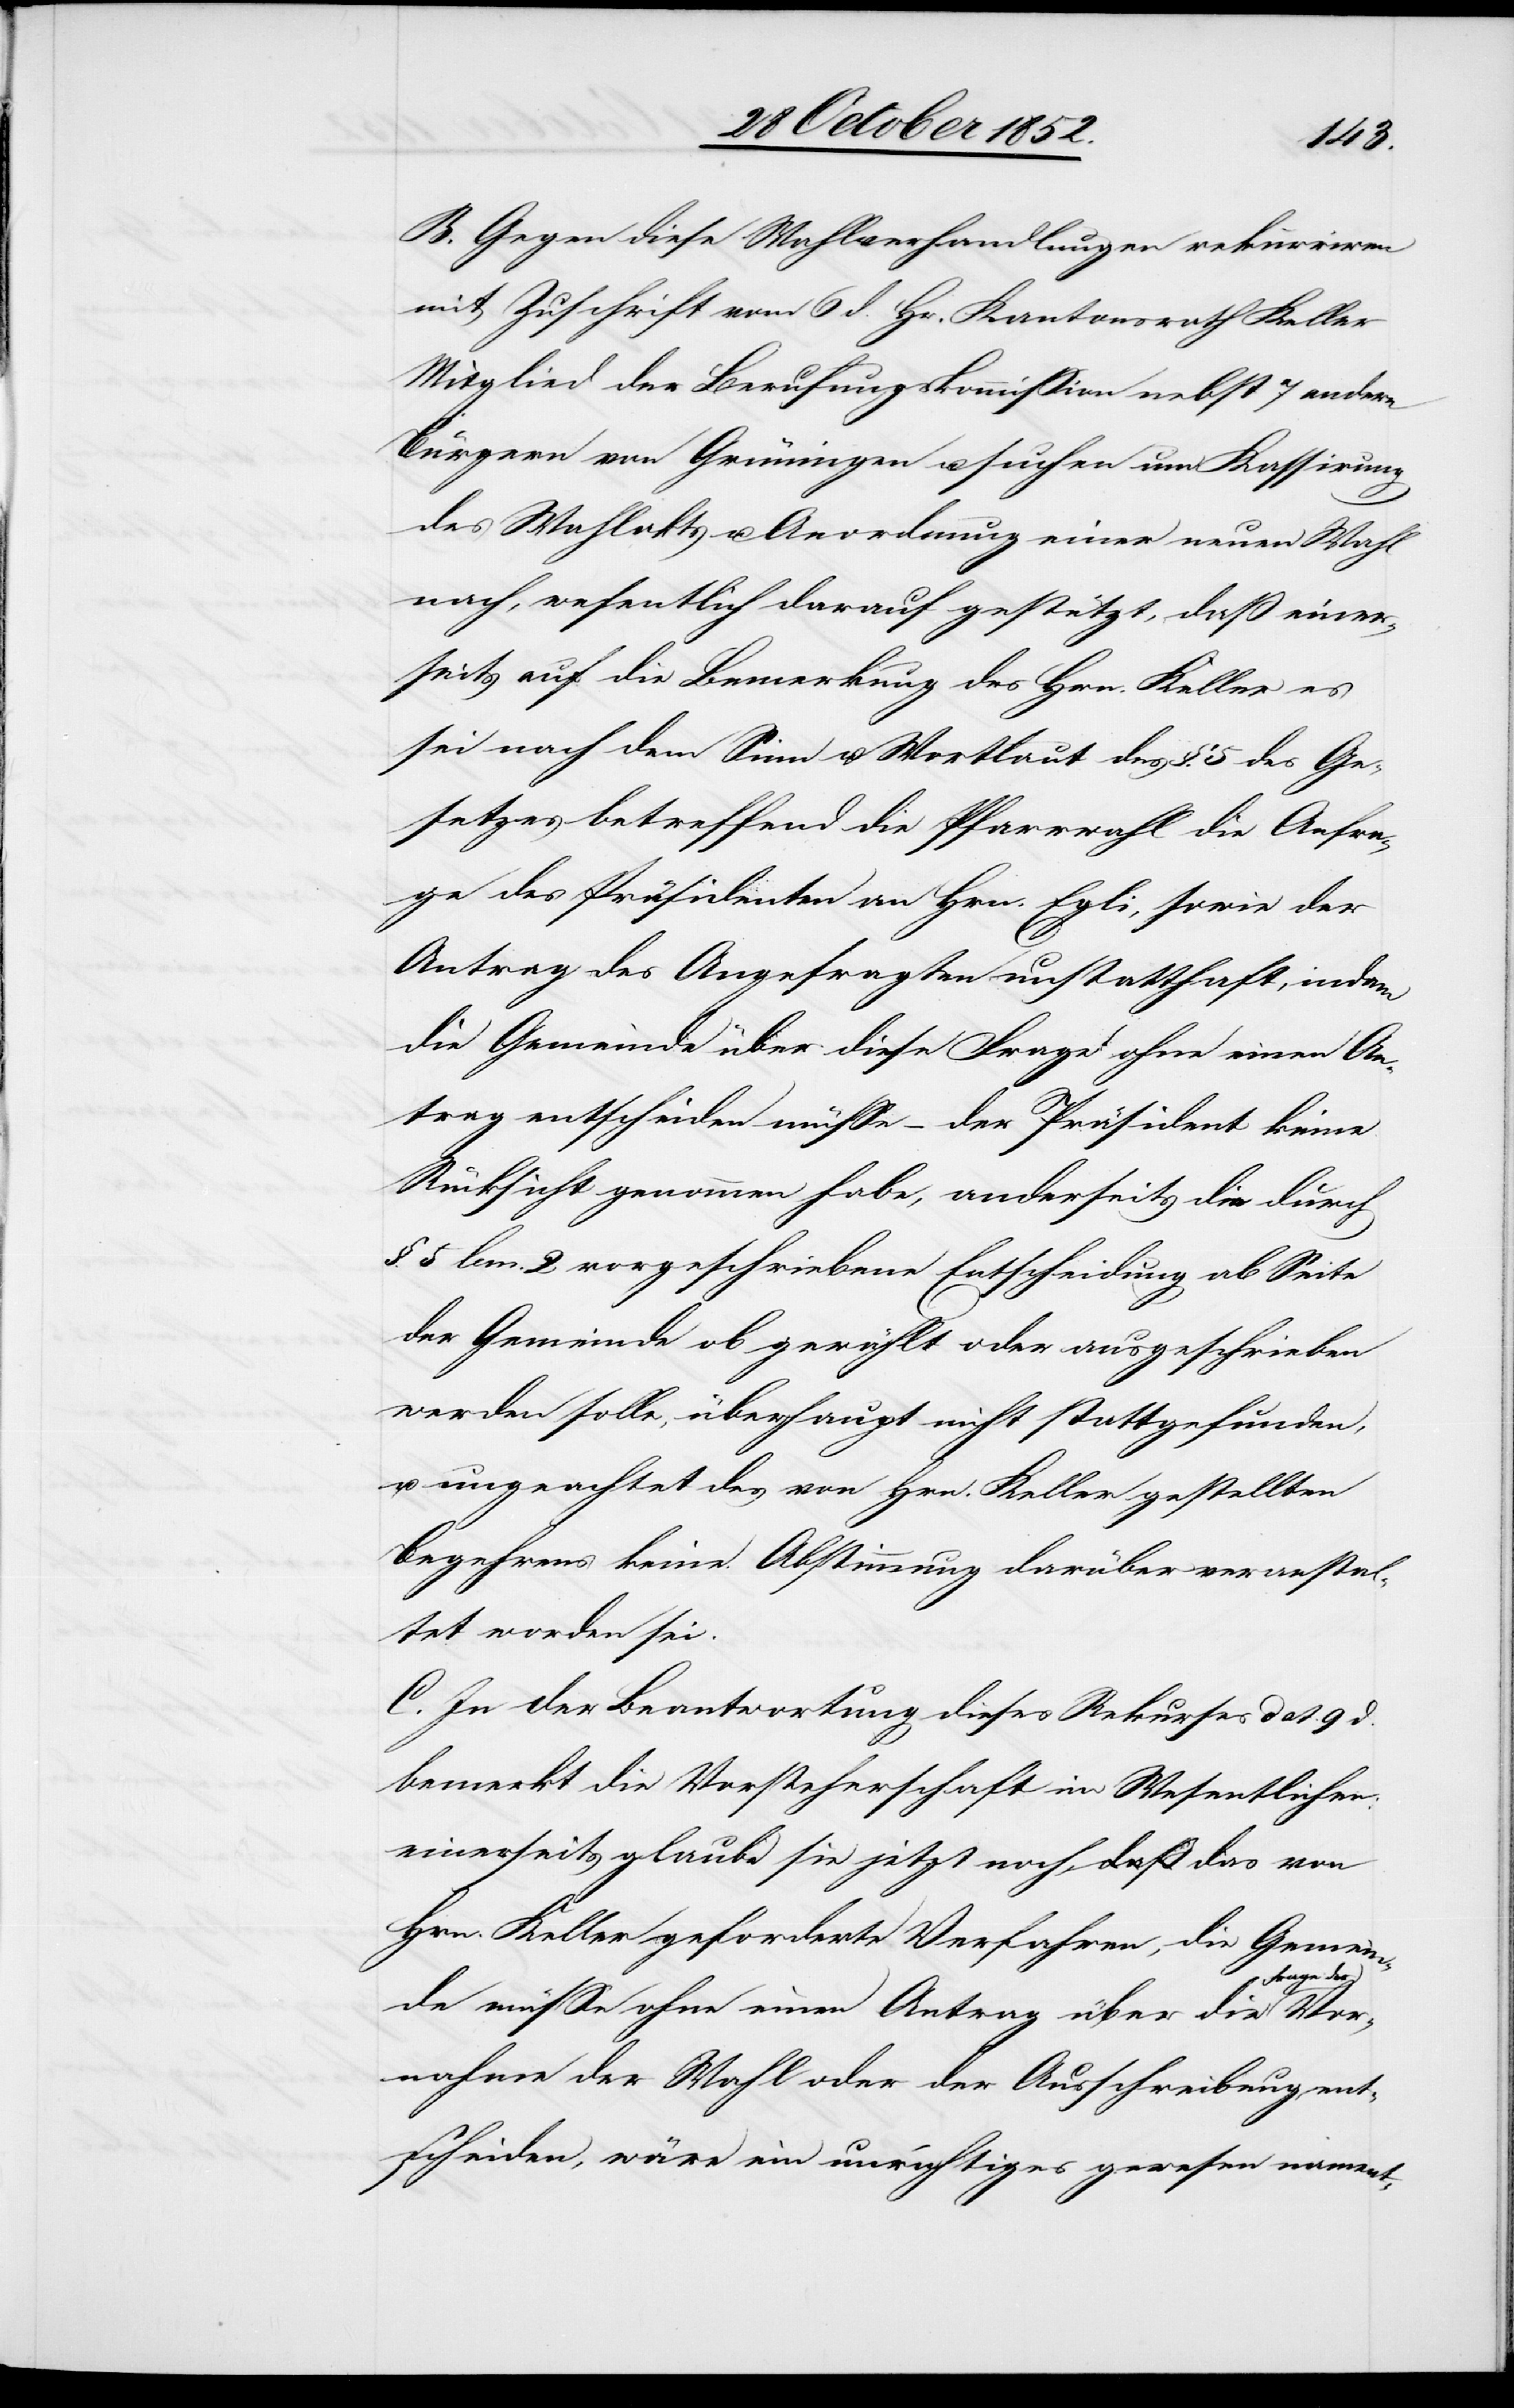
Vor¬
B. Gegen diese Wahlverhandlungen rekurriren
mit Zuschrift vom 6 d. Hr. Kantonsrath Keller
Mitglied der Berufungskommission nebst 7 andern
Bürgern von Grüningen u. suchen um Kassirung
des Wahlakts u. Anordnung einer neuen Wahl
nach, wesentlich darauf gestützt, daß einer¬
seits auf die Bemerkung des Hrn. Keller es
sei nach dem Sinn u. Wortlaut des §. 5 des Ge¬
setzes betreffend die Pfarrwahl die Anfra¬
ge des Präsidenten an Hrn. Egli, sowie der
Antrag des Angefragten unstatthaft, indem
die Gemeinde über diese Frage ohne einen An¬
trag entscheiden müsse – der Präsident keine
Rücksicht genommen habe, anderseits die durch
§. 5 lem. 2 vorgeschriebene Entscheidung ab Seite
der Gemeinde ob gewählt oder ausgeschrieben
werden solle, überhaupt nicht stattgefunden,
u. ungeachtet des von Hrn. Keller gestellten
Begehrens keine Abstimmung darüber veranstal¬
tet worden sei.
C. In der Beantwortung dieses Rekurses dat. 9 d.
bemerkt die Vorsteherschaft im Wesentlichen:
einerseits glaube sie jetzt noch, das von
Hrn. Keller geforderte Verfahren, die Gemein¬
age der
de müsse ohne einen Antrag über die Fr¬
nahme der Wahl oder der Ausschreibung ent¬
scheiden, wäre ein unrichtiges gewesen nament-